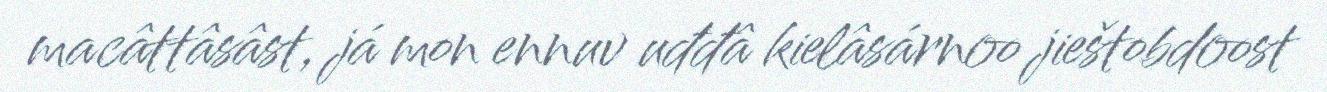
macâttâsâst, já mon ennuv uđđâ kielâsárnoo jieštobdoost